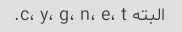
البته c، y، g، n، e، t.